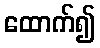
ထောက်၍